Mental hospitals Bombay report 1921-28 - 1921-1928
Year: 1921
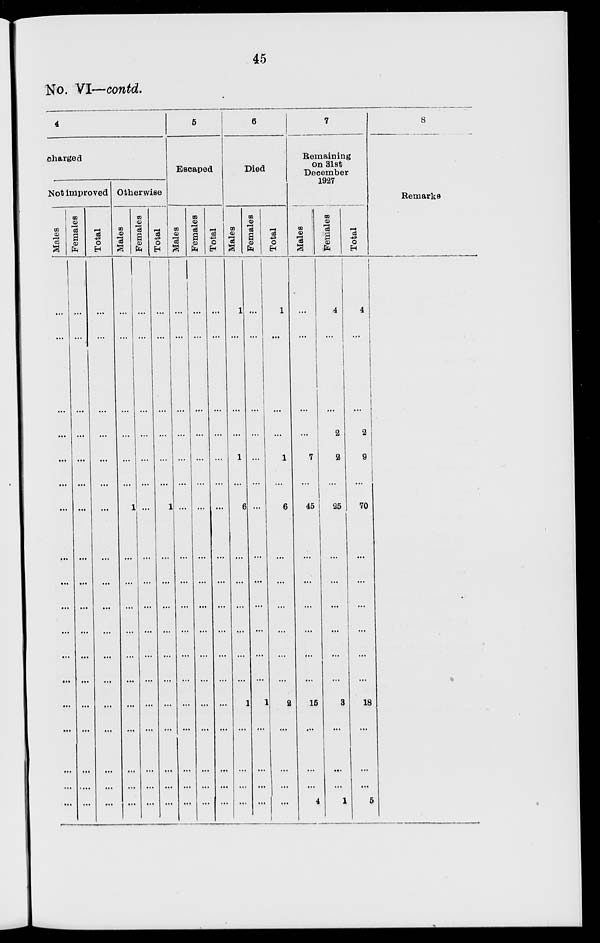
45
No. VI—contd.
4
charged
Not improved
Males
...
...
...
...
...
...
...
...
...
...
...
...
...
...
...
...
...
...
Females
...
...
...
...
...
...
...
...
...
...
...
...
...
...
...
...
....
...
Total
...
...
...
...
...
...
...
...
...
...
...
...
...
...
...
...
...
...
Otherwise
Males
...
...
...
...
...
...
1
...
...
...
...
...
...
...
...
...
...
...
Females
...
...
...
...
...
...
...
...
...
...
...
...
...
...
...
...
...
...
Total
...
...
...
...
...
...
1
...
...
...
...
...
...
...
...
...
...
...
5
Escaped
Males
...
...
...
...
...
...
...
...
...
...
...
...
...
...
...
...
...
...
Females
...
...
...
...
...
...
...
...
...
...
...
...
...
...
...
...
...
...
Total
...
...
...
...
...
...
...
...
...
...
...
...
...
...
...
...
...
...
6
Died
Males
1
...
...
...
1
...
6
...
...
...
...
...
...
1
...
...
...
...
Females
...
...
...
...
...
...
...
...
...
...
...
...
...
1
...
...
...
...
Total
1
...
...
...
1
...
6
...
...
...
...
...
...
2
...
...
...
...
7
Remaining
on 31st
December
1927
Males
...
...
...
...
7
...
45
...
...
...
...
...
...
15
...
...
...
4
Females
4
...
...
2
2
...
25
...
...
...
...
...
...
3
...
...
...
1
Total
4
...
...
2
9
...
70
...
...
...
...
...
...
18
...
...
...
5
8
Remarks